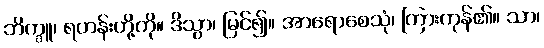
ဘိက္ခူ၊ ရဟန်းတို့ကို။ ဒိသွာ၊ မြင်၍။ အာရောစေသုံ၊ ကြားကုန်၏။ သာ၊